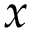
x